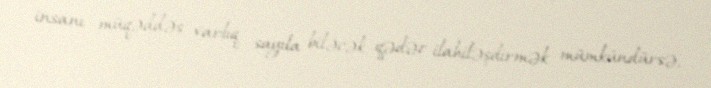
insanı müqəddəs varlıq sayıla biləcək qədər ilahiləşdirmək mümkündürsə,